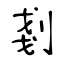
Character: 剗